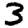
Digit: 3